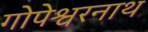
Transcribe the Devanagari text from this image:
गोपेश्वरनाथ